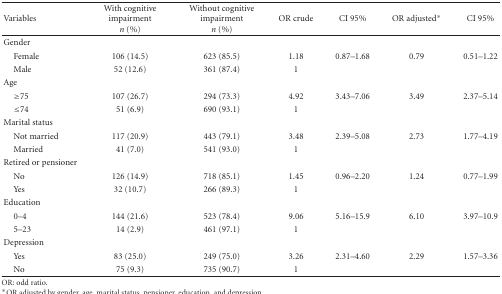
<table><thead><tr><td><b>Variables</b></td><td><b>With cognitive impairment<i>n</i> (%)</b></td><td><b>Without cognitive impairment<i>n</i> (%)</b></td><td><b>OR crude</b></td><td><b>CI 95%</b></td><td><b>OR adjusted*</b></td><td><b>CI 95%</b></td></tr></thead><tbody><tr><td>Gender</td><td> </td><td> </td><td> </td><td> </td><td> </td><td> </td></tr><tr><td> Female</td><td>106 (14.5)</td><td>623 (85.5)</td><td>1.18</td><td>0.87–1.68</td><td>0.79</td><td>0.51–1.22</td></tr><tr><td> Male </td><td>52 (12.6)</td><td>361 (87.4)</td><td>1</td><td> </td><td> </td><td> </td></tr><tr><td>Age</td><td> </td><td> </td><td> </td><td> </td><td> </td><td> </td></tr><tr><td> ≥75</td><td>107 (26.7)</td><td>294 (73.3)</td><td>4.92</td><td>3.43–7.06</td><td>3.49</td><td>2.37–5.14</td></tr><tr><td> ≤74</td><td>51 (6.9)</td><td>690 (93.1)</td><td>1</td><td> </td><td> </td><td> </td></tr><tr><td>Marital status</td><td> </td><td> </td><td> </td><td> </td><td> </td><td> </td></tr><tr><td> Not married</td><td>117 (20.9)</td><td>443 (79.1)</td><td>3.48</td><td>2.39–5.08</td><td>2.73</td><td>1.77–4.19</td></tr><tr><td> Married </td><td>41 (7.0)</td><td>541 (93.0)</td><td>1</td><td> </td><td> </td><td> </td></tr><tr><td>Retired or pensioner</td><td> </td><td> </td><td> </td><td> </td><td> </td><td> </td></tr><tr><td> No</td><td>126 (14.9)</td><td>718 (85.1)</td><td>1.45</td><td>0.96–2.20</td><td>1.24</td><td>0.77–1.99</td></tr><tr><td> Yes </td><td>32 (10.7)</td><td>266 (89.3)</td><td>1</td><td> </td><td> </td><td> </td></tr><tr><td>Education</td><td> </td><td> </td><td> </td><td> </td><td> </td><td> </td></tr><tr><td> 0–4</td><td>144 (21.6)</td><td>523 (78.4)</td><td>9.06</td><td>5.16–15.9</td><td>6.10</td><td>3.97–10.9</td></tr><tr><td> 5–23</td><td>14 (2.9)</td><td>461 (97.1)</td><td>1</td><td> </td><td> </td><td> </td></tr><tr><td>Depression</td><td> </td><td> </td><td> </td><td> </td><td> </td><td> </td></tr><tr><td> Yes</td><td>83 (25.0)</td><td>249 (75.0)</td><td>3.26</td><td>2.31–4.60</td><td>2.29</td><td>1.57–3.36</td></tr><tr><td> No</td><td>75 (9.3)</td><td>735 (90.7)</td><td>1</td><td> </td><td> </td><td> </td></tr></tbody></table>